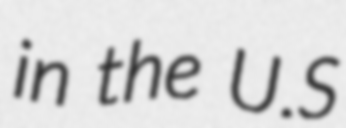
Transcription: in the U.S